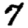
Digit: 7